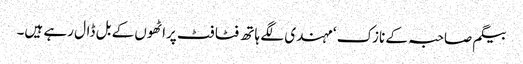
بیگم صاحبہ کے نازک ‘ مہندی لگے ہاتھ فٹا فٹ پراٹھوں کے بل ڈال رہے ہیں۔